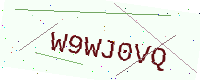
Text: W9WJ0VQ